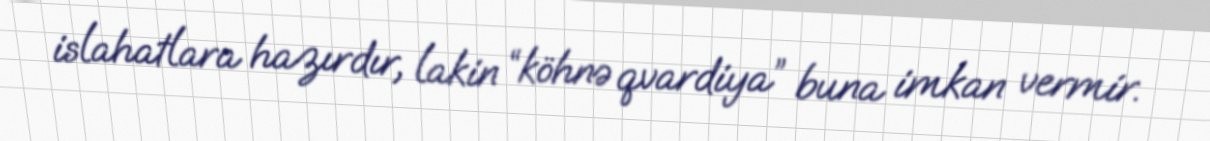
islahatlara hazırdır, lakin “köhnə qvardiya” buna imkan vermir.